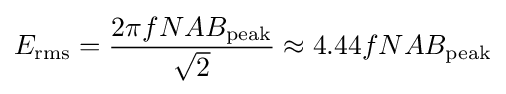
E_{\text{rms}}={\frac {2\pi fNAB_{\text{peak}}}{\sqrt {2}}}\approx 4.44fNAB_{\text{peak}}